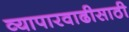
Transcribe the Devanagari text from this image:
व्यापारवाढीसाठी